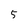
Character: 5